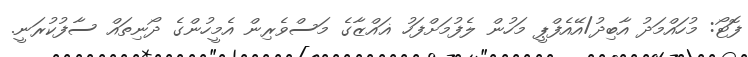
ފޮޓޯ: މުހައްމަދު އާބިދު/އޭއެފްޕީ މަހުން ލެފުމަށްފަހު ޣައްޒާގެ މަސްވެރިން އެމީހުންގެ ދޯނިތައް ސާފުކުރަނީ.